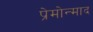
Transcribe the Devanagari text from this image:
प्रेमोन्माद